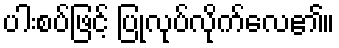
ပါးစပ်ဖြင့် ပြုလုပ်လိုက်လေ၏။